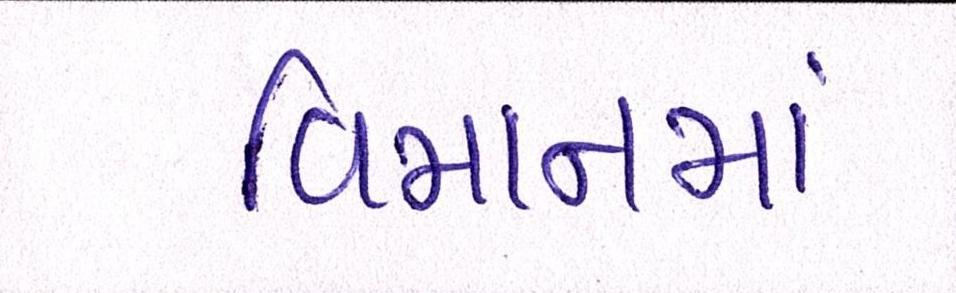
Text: વિમાનમાં